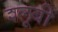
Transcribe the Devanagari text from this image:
श्लूबी